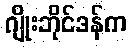
ဂျိုးဘိုင်ဒန်က